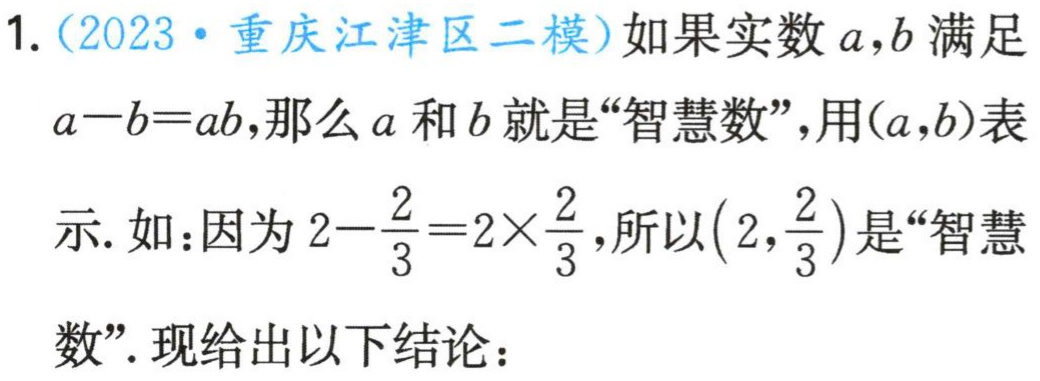
1.（2023·重庆江津区二模）如果实数\(a,b\)满足\(a - b = ab\)，那么\(a\)和\(b\)就是“智慧数”，用\((a,b)\)表示. 如：因为\(2-\frac{2}{3}=2\times\frac{2}{3}\)，所以\((2,\frac{2}{3})\)是“智慧数”. 现给出以下结论：